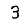
Digit: 3